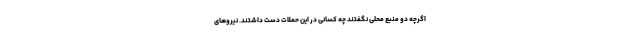
اگرچه دو منبع محلی نگفتند چه کسانی در این حملات دست داشتند. نیروهای